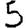
Digit: 5